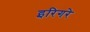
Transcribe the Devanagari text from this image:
इरिगरे